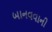
બાનવવાની